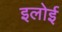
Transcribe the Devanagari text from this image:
इलोई